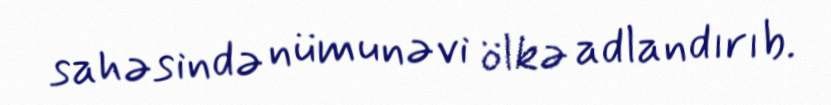
sahəsində nümunəvi ölkə adlandırıb.